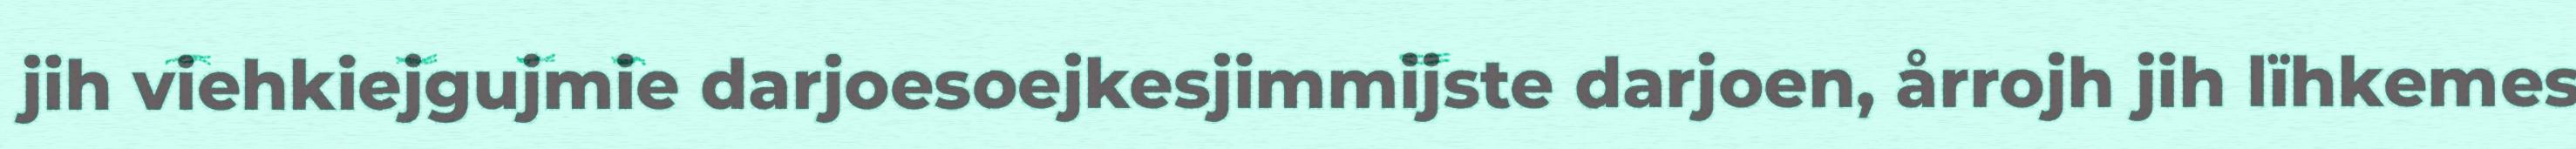
jih viehkiejgujmie darjoesoejkesjimmijste darjoen, årrojh jih lïhkemes